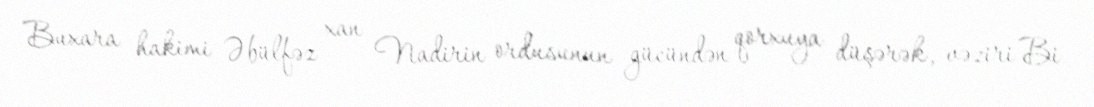
Buxara hakimi Əbülfəz xan Nadirin ordusunun gücündən qorxuya düşərək, vəziri Bi